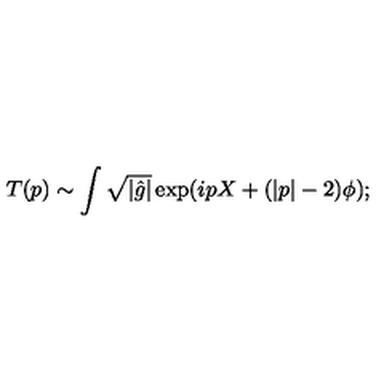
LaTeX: T ( p ) \sim \int \sqrt { | { \hat { g } } | } \exp ( i p X + ( | p | - 2 ) \phi ) ;